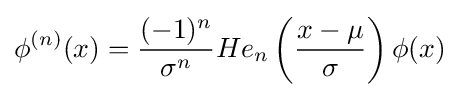
\phi ^{(n)}(x)={\frac {(-1)^{n}}{\sigma ^{n}}}He_{n}\left({\frac {x-\mu }{\sigma }}\right)\phi (x)